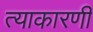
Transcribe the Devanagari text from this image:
त्याकारणी